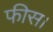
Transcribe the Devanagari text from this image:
फीस।